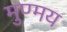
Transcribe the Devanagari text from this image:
मुण्मय